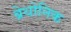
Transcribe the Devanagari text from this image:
ब्रेथोनिक